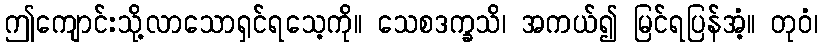
ဤကျောင်းသို့လာသောရှင်ရသေ့ကို။ သေစဒက္ခသိ၊ အကယ်၍ မြင်ရပြန်အံ့။ တုဝံ၊